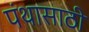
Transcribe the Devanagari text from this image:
पंथासाठी